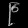
Digit: ၉